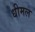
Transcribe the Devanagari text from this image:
धीमल